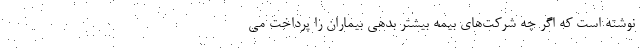
نوشته است که اگر چه شرکت‌های بیمه بیشتر بدهی بیماران را پرداخت می